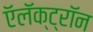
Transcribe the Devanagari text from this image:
ऍलॅक्ट्रॉन